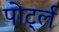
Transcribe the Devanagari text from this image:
पोर्ट्ल